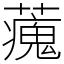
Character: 藱